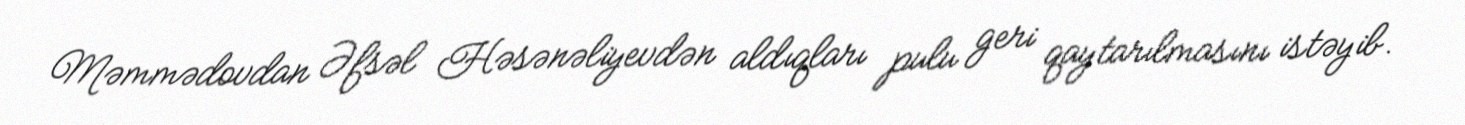
Məmmədovdan Əfsəl Həsənəliyevdən aldıqları pulu geri qaytarılmasını istəyib.